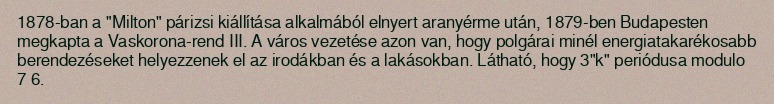
1878-ban a "Milton" párizsi kiállítása alkalmából elnyert aranyérme után, 1879-ben Budapesten megkapta a Vaskorona-rend III. A város vezetése azon van, hogy polgárai minél energiatakarékosabb berendezéseket helyezzenek el az irodákban és a lakásokban. Látható, hogy 3"k" periódusa modulo 7 6.